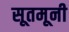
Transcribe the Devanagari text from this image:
सूतमूनी